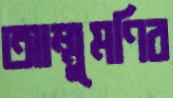
আম্মুমণির